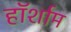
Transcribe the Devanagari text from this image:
हॉर्शाम